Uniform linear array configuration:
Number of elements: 8
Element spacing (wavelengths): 0.25
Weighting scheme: blackman
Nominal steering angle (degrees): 60
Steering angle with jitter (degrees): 61.125
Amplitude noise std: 0.05
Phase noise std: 0.05

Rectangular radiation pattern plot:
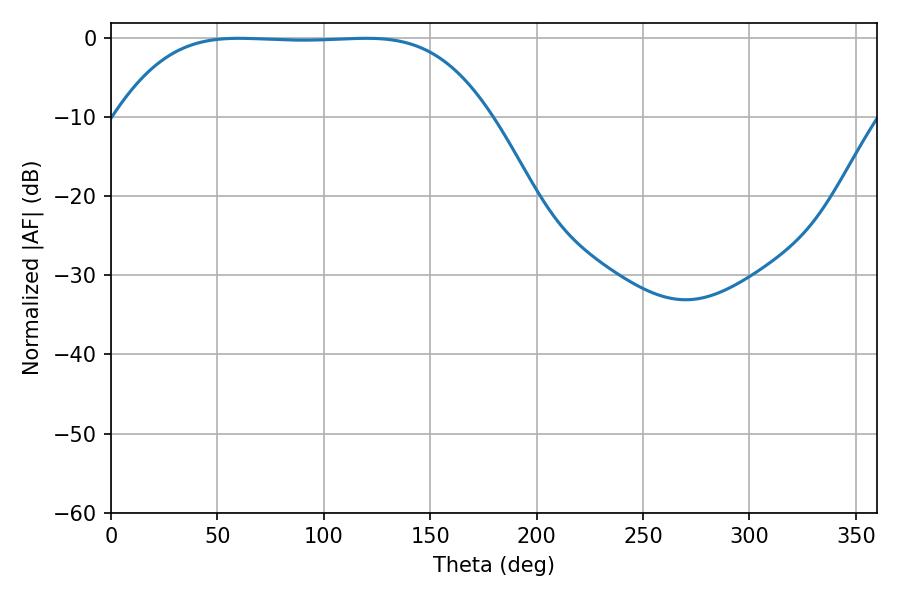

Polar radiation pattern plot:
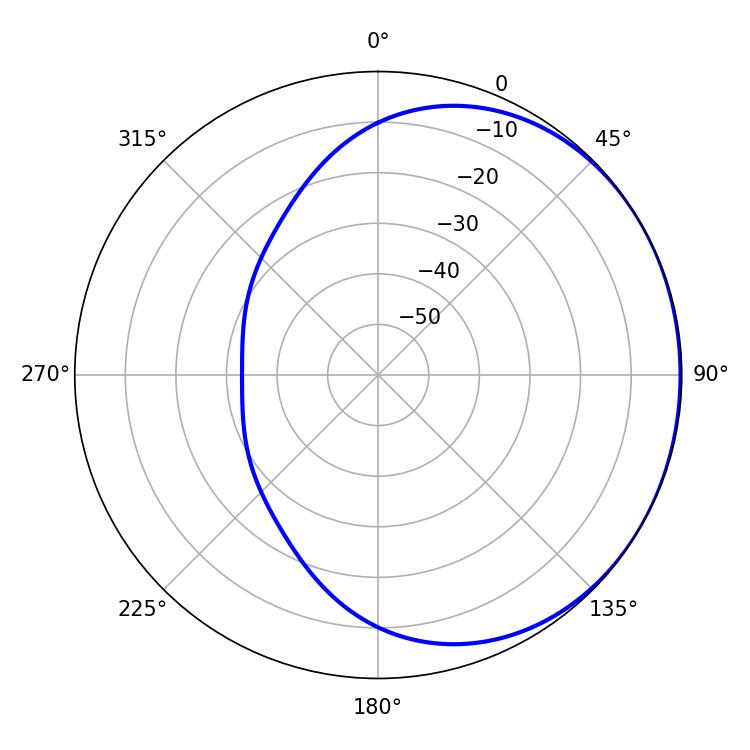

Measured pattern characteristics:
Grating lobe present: FALSE
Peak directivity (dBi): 0.584
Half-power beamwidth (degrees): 133.92
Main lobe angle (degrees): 60.12